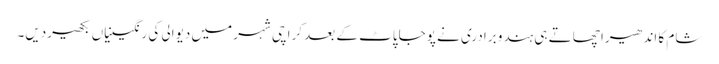
شام کا اندھیرا چھاتے ہی ہندو برادری نے پوجاپاٹ کے بعد کراچی شہر میں دیوالی کی رنگینیاں بکھیردیں۔